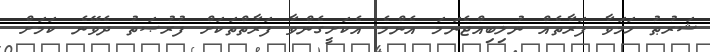
ޝަރުޠު ހަމަވާ ފަރާތެއް ނުލިބިއްޖެނަމަ އެންމެ އެކަށީގެންވާ ފަރާތްތަކަށް ފުރުޞަތު ދެވޭނެ ކަމަށް